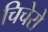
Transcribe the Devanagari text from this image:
चिचेरो